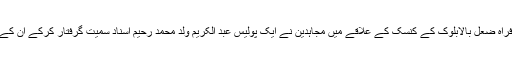
اطلاع کے مطابق پیر کے روز صوبہ فراہ ضعل بالابلوک کے کنسک کے علاقے میں مجاہدین نے ایک پولیس عبد الکریم ولد محمد رحیم اسناد سمیت گرفتار کرکے ان کے مقدمہ شرعی عدالت کے حوالے کردیا۔